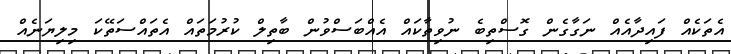
އެތަކެއް ފައިދާއެއް ނަގާގެން ގޮސްތިބެ ނުވިތާކައް އެއްބަސްވުން ބާތިލް ކުރުމަތައް އެތައްސަތޭކަ މިލިޔަނެއް